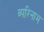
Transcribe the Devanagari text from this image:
व्परिनाम